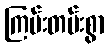
ကြမ်းတမ်းစွာ